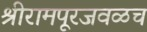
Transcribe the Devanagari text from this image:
श्रीरामपूरजवळच